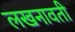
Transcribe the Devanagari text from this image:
लखनावती